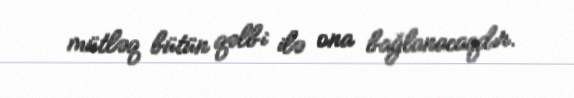
mütləq bütün qəlbi ilə ona bağlanacaqdır.